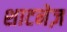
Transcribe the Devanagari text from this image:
शाटनेज़